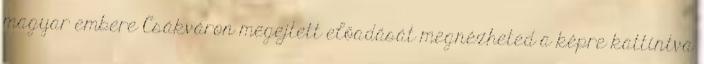
magyar embere Csákváron megejtett előadását megnézheted a képre kattintva